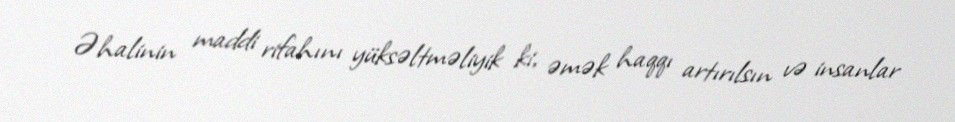
Əhalinin maddi rifahını yüksəltməliyik ki, əmək haqqı artırılsın və insanlar